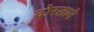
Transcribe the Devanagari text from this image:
दोस्ताने